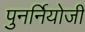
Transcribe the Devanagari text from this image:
पुनर्नियोजी